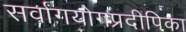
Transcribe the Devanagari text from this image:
सर्वांगयोगप्रदीपिका